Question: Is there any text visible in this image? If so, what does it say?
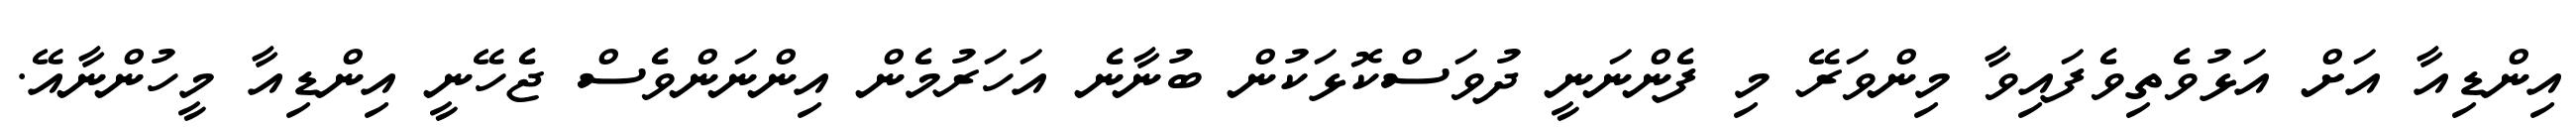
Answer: އިންޑިއާ އަށް އަޅުވެތިވެފައިވާ މިންވަރޭ މި ފެންނަނީ ދުވަސްކޮޅަކުން ބުނާނެ އަހަރުމެން އިންނަންވެސް ޖެހޭނީ އިންޑިއާ މީހުންނާއޭ.